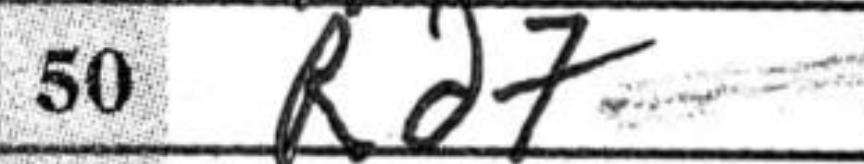
Transcription: Rd7